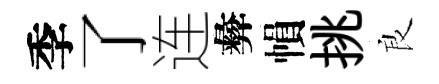
季了连彜𢄙挑良